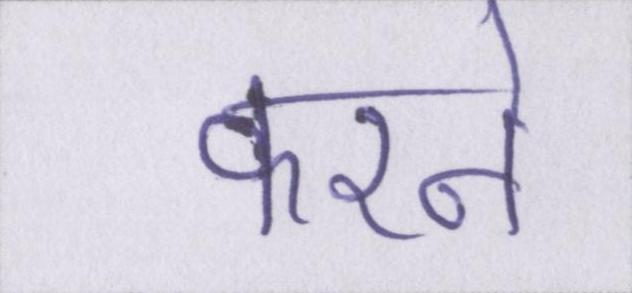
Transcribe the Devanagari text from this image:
करने